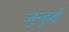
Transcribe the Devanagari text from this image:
जुन्हुई